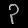
Digit: ၃